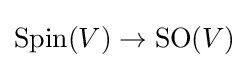
\operatorname {Spin} (V)\to \operatorname {SO} (V)